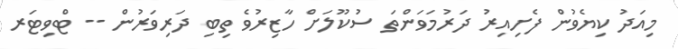
މިއަދު ކިޔެވުން ފެށިއިރު ދަރުމަވަންތަ ސުކޫލަށް ހާޒިރުވެ ތިބި ދަރިވަރުން -- ޓްވިޓަރ